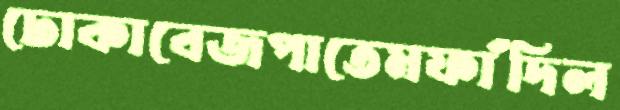
ঢোকাবেজপাতেমফাঁদিল